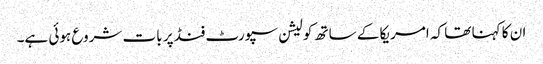
ان کا کہنا تھا کہ امریکا کے ساتھ کولیشن سپورٹ فنڈ پر بات شروع ہوئی ہے۔